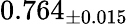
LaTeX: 0.764_{\pm 0.015}